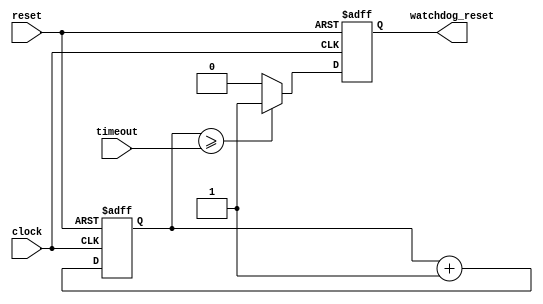
module watchdog_timer (
   input clock,
   input reset,
   input timeout,

   output reg watchdog_reset
);

reg [15:0] timer_count;

always @(posedge clock or posedge reset) begin
   if (reset) begin
      timer_count <= 16'b0;
      watchdog_reset <= 1'b0;
   end else begin
      timer_count <= timer_count + 1;
      
      if (timer_count >= timeout) begin
         watchdog_reset <= 1'b1;
      end else begin
         watchdog_reset <= 1'b0;
      end
   end
end

endmodule